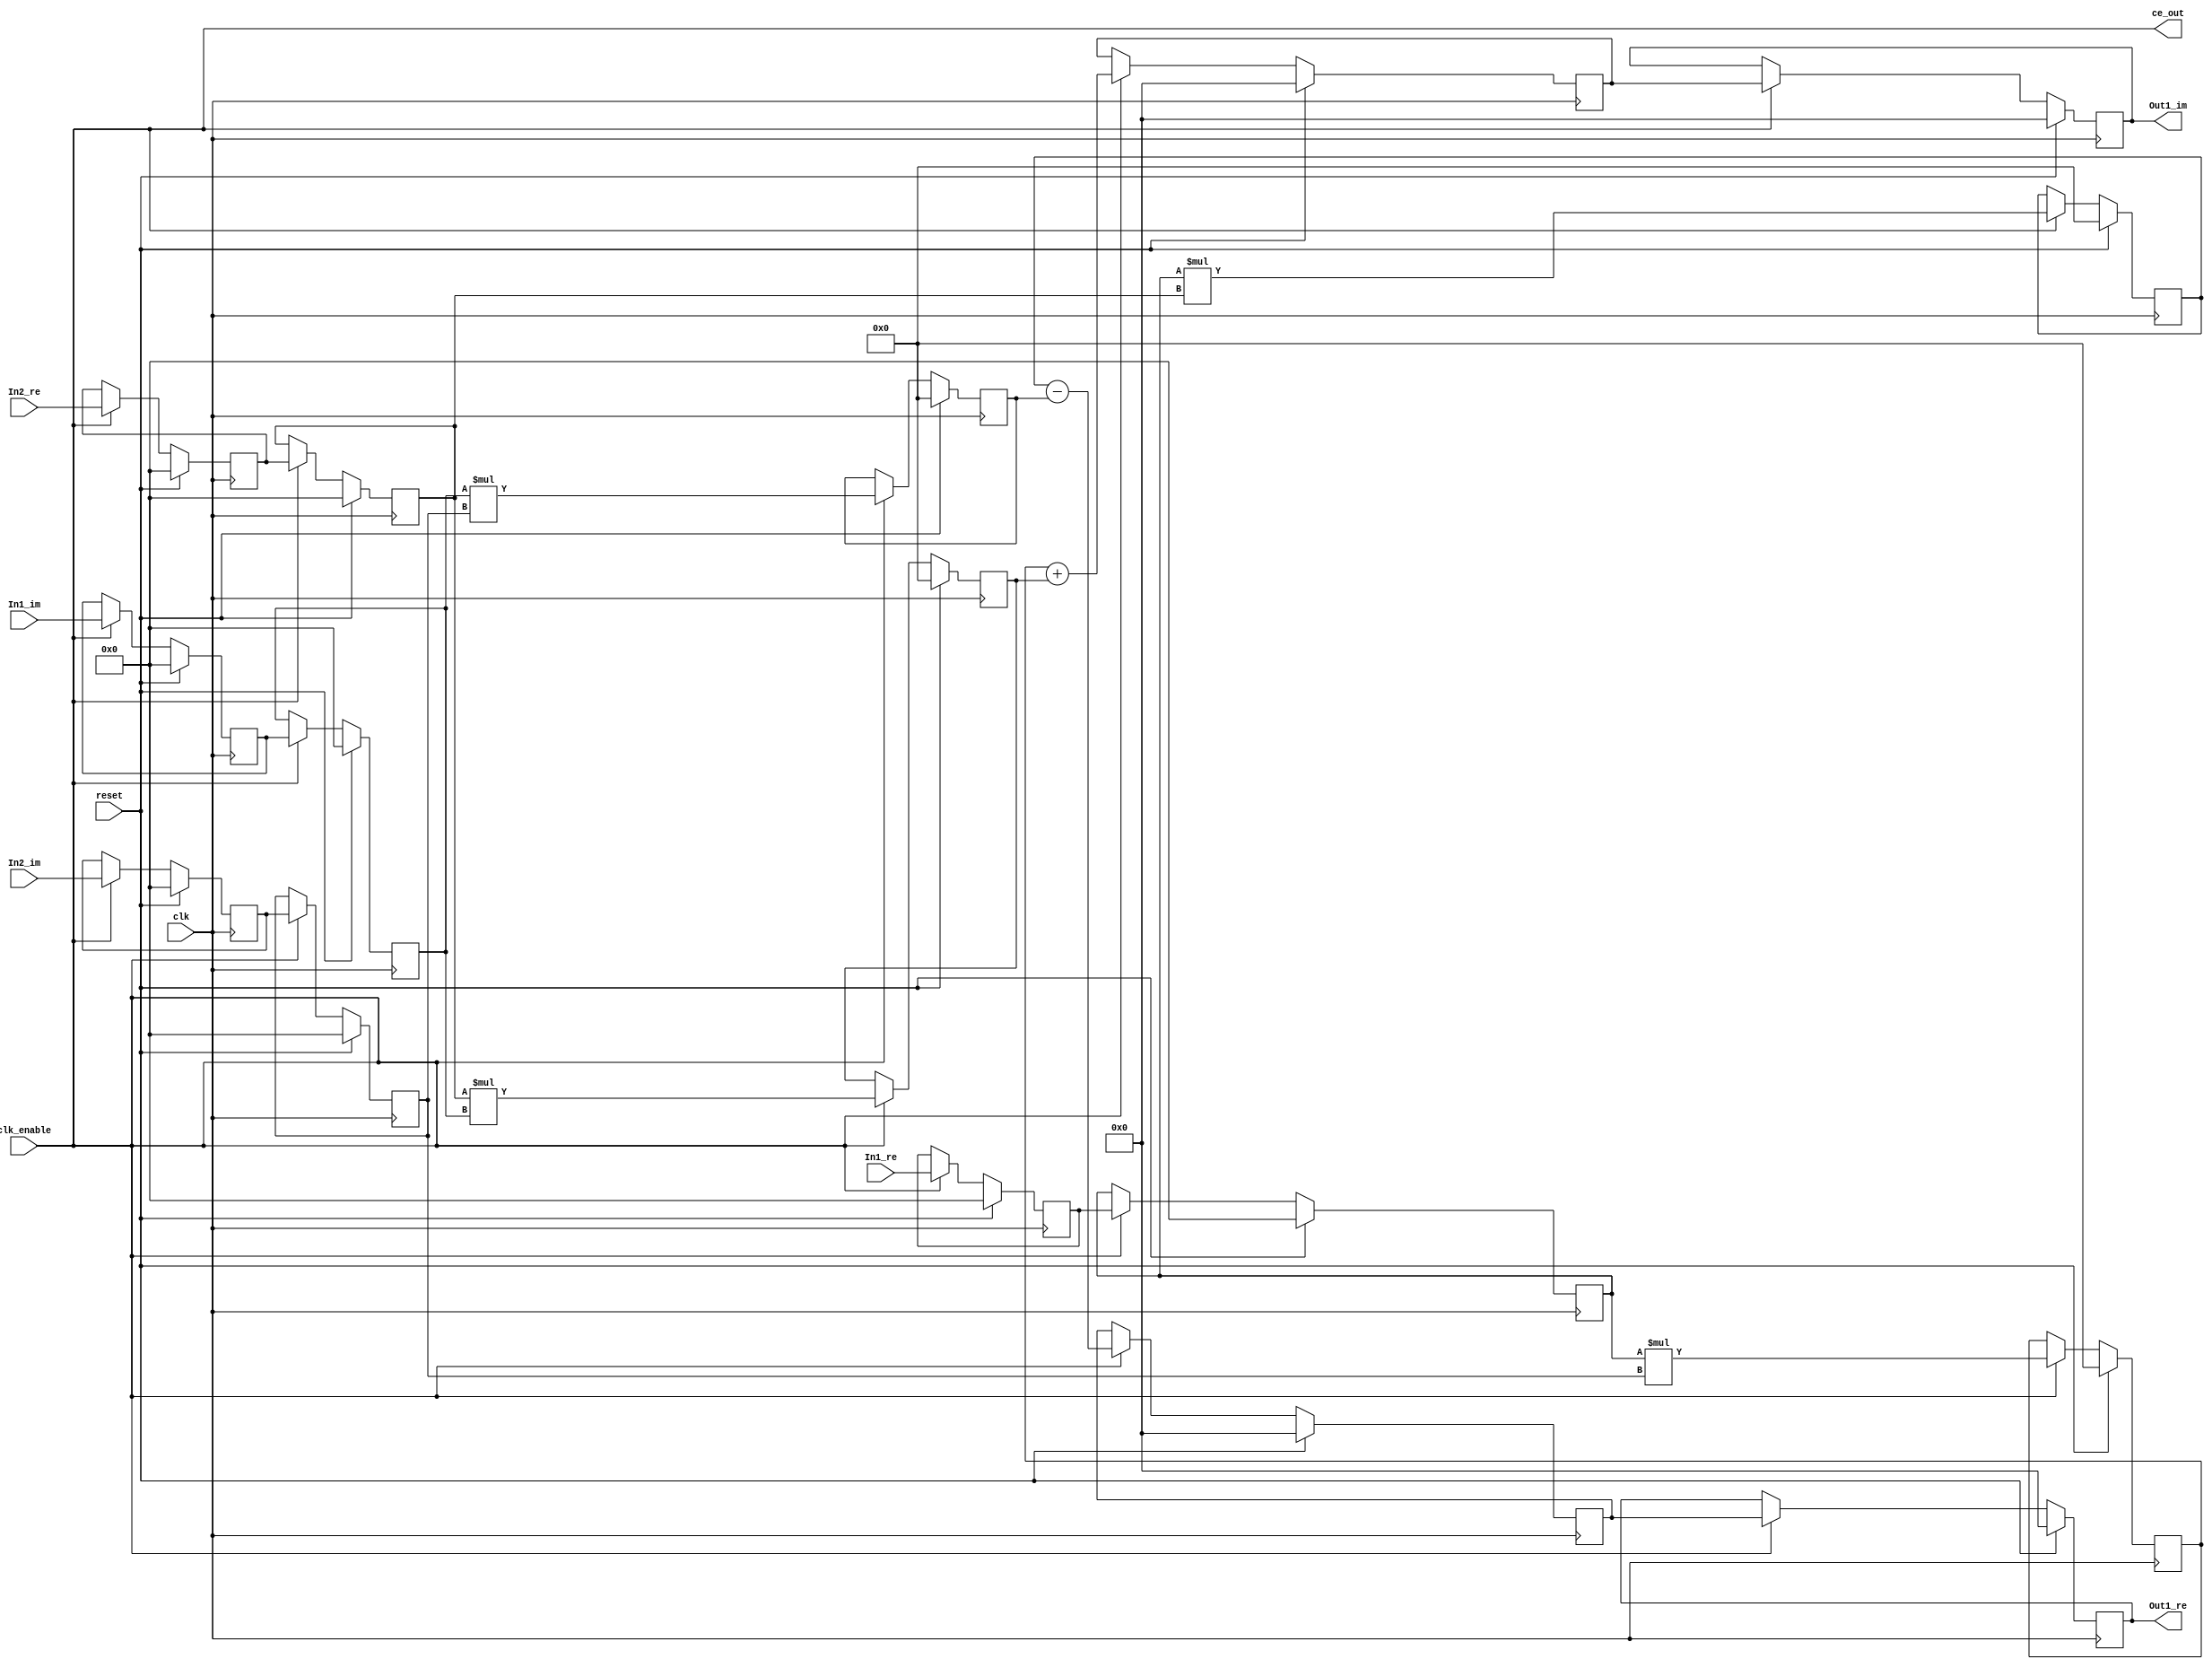
// -------------------------------------------------------------
// 
// 
// Generated by MATLAB 9.9 and HDL Coder 3.17
// 
// 
// -- -------------------------------------------------------------
// -- Rate and Clocking Details
// -- -------------------------------------------------------------
// Model base rate: 1e-06
// Target subsystem base rate: 1e-06
// 
// 
// Clock Enable  Sample Time
// -- -------------------------------------------------------------
// ce_out        1e-06
// -- -------------------------------------------------------------
// 
// 
// Output Signal                 Clock Enable  Sample Time
// -- -------------------------------------------------------------
// Out1_re                       ce_out        1e-06
// Out1_im                       ce_out        1e-06
// -- -------------------------------------------------------------
// 
// -------------------------------------------------------------


// -------------------------------------------------------------
// 
// Module: HDL_Complex_Multiplier
// Source Path: tutorial1_1/HDL_Complex_Multiplier
// Hierarchy Level: 0
// 
// -------------------------------------------------------------

`timescale 1 ns / 1 ns

module HDL_Complex_Multiplier
          (clk,
           reset,
           clk_enable,
           In1_re,
           In1_im,
           In2_re,
           In2_im,
           ce_out,
           Out1_re,
           Out1_im);


  input   clk;
  input   reset;
  input   clk_enable;
  input   signed [11:0] In1_re;  // sfix12_En8
  input   signed [11:0] In1_im;  // sfix12_En8
  input   signed [11:0] In2_re;  // sfix12_En8
  input   signed [11:0] In2_im;  // sfix12_En8
  output  ce_out;
  output  signed [24:0] Out1_re;  // sfix25_En16
  output  signed [24:0] Out1_im;  // sfix25_En16


  wire enb;
  reg signed [11:0] Delay_out1_re;  // sfix12_En8
  reg signed [11:0] Delay_out1_im;  // sfix12_En8
  reg signed [11:0] Complex_to_Real_Imag_out1;  // sfix12_En8
  reg signed [11:0] Delay1_out1_re;  // sfix12_En8
  reg signed [11:0] Delay1_out1_im;  // sfix12_En8
  reg signed [11:0] Complex_to_Real_Imag1_out1;  // sfix12_En8
  wire signed [23:0] Product1_out1;  // sfix24_En16
  reg signed [23:0] Product1_out1_1;  // sfix24_En16
  reg signed [11:0] Complex_to_Real_Imag_out2;  // sfix12_En8
  reg signed [11:0] Complex_to_Real_Imag1_out2;  // sfix12_En8
  wire signed [23:0] Product_out1;  // sfix24_En16
  reg signed [23:0] Product_out1_1;  // sfix24_En16
  wire signed [24:0] Add_sub_cast;  // sfix25_En16
  wire signed [24:0] Add_sub_cast_1;  // sfix25_En16
  wire signed [24:0] Add_out1;  // sfix25_En16
  reg signed [24:0] Delay9_out1;  // sfix25_En16
  wire signed [23:0] Product2_out1;  // sfix24_En16
  reg signed [23:0] Product2_out1_1;  // sfix24_En16
  wire signed [23:0] Product3_out1;  // sfix24_En16
  reg signed [23:0] Product3_out1_1;  // sfix24_En16
  wire signed [24:0] Add1_add_cast;  // sfix25_En16
  wire signed [24:0] Add1_add_cast_1;  // sfix25_En16
  wire signed [24:0] Add1_out1;  // sfix25_En16
  reg signed [24:0] Delay8_out1;  // sfix25_En16
  reg signed [24:0] Delay5_out1_re;  // sfix25_En16
  reg signed [24:0] Delay5_out1_im;  // sfix25_En16


  assign enb = clk_enable;

  always @(posedge clk)
    begin : Delay_process
      if (reset == 1'b1) begin
        Delay_out1_re <= 12'sb000000000000;
        Delay_out1_im <= 12'sb000000000000;
      end
      else begin
        if (enb) begin
          Delay_out1_re <= In1_re;
          Delay_out1_im <= In1_im;
        end
      end
    end


  always @(posedge clk)
    begin : reduced_process
      if (reset == 1'b1) begin
        Complex_to_Real_Imag_out1 <= 12'sb000000000000;
      end
      else begin
        if (enb) begin
          Complex_to_Real_Imag_out1 <= Delay_out1_re;
        end
      end
    end



  always @(posedge clk)
    begin : Delay1_process
      if (reset == 1'b1) begin
        Delay1_out1_re <= 12'sb000000000000;
        Delay1_out1_im <= 12'sb000000000000;
      end
      else begin
        if (enb) begin
          Delay1_out1_re <= In2_re;
          Delay1_out1_im <= In2_im;
        end
      end
    end


  always @(posedge clk)
    begin : reduced_1_process
      if (reset == 1'b1) begin
        Complex_to_Real_Imag1_out1 <= 12'sb000000000000;
      end
      else begin
        if (enb) begin
          Complex_to_Real_Imag1_out1 <= Delay1_out1_re;
        end
      end
    end



  assign Product1_out1 = Complex_to_Real_Imag_out1 * Complex_to_Real_Imag1_out1;


  always @(posedge clk)
    begin : PipelineRegister1_process
      if (reset == 1'b1) begin
        Product1_out1_1 <= 24'sb000000000000000000000000;
      end
      else begin
        if (enb) begin
          Product1_out1_1 <= Product1_out1;
        end
      end
    end



  always @(posedge clk)
    begin : reduced_2_process
      if (reset == 1'b1) begin
        Complex_to_Real_Imag_out2 <= 12'sb000000000000;
      end
      else begin
        if (enb) begin
          Complex_to_Real_Imag_out2 <= Delay_out1_im;
        end
      end
    end



  always @(posedge clk)
    begin : reduced_3_process
      if (reset == 1'b1) begin
        Complex_to_Real_Imag1_out2 <= 12'sb000000000000;
      end
      else begin
        if (enb) begin
          Complex_to_Real_Imag1_out2 <= Delay1_out1_im;
        end
      end
    end



  assign Product_out1 = Complex_to_Real_Imag_out2 * Complex_to_Real_Imag1_out2;


  always @(posedge clk)
    begin : PipelineRegister_process
      if (reset == 1'b1) begin
        Product_out1_1 <= 24'sb000000000000000000000000;
      end
      else begin
        if (enb) begin
          Product_out1_1 <= Product_out1;
        end
      end
    end



  assign Add_sub_cast = {Product1_out1_1[23], Product1_out1_1};
  assign Add_sub_cast_1 = {Product_out1_1[23], Product_out1_1};
  assign Add_out1 = Add_sub_cast - Add_sub_cast_1;


  always @(posedge clk)
    begin : Delay9_process
      if (reset == 1'b1) begin
        Delay9_out1 <= 25'sb0000000000000000000000000;
      end
      else begin
        if (enb) begin
          Delay9_out1 <= Add_out1;
        end
      end
    end


  assign Product2_out1 = Complex_to_Real_Imag_out1 * Complex_to_Real_Imag1_out2;


  always @(posedge clk)
    begin : PipelineRegister2_process
      if (reset == 1'b1) begin
        Product2_out1_1 <= 24'sb000000000000000000000000;
      end
      else begin
        if (enb) begin
          Product2_out1_1 <= Product2_out1;
        end
      end
    end



  assign Product3_out1 = Complex_to_Real_Imag1_out1 * Complex_to_Real_Imag_out2;


  always @(posedge clk)
    begin : PipelineRegister3_process
      if (reset == 1'b1) begin
        Product3_out1_1 <= 24'sb000000000000000000000000;
      end
      else begin
        if (enb) begin
          Product3_out1_1 <= Product3_out1;
        end
      end
    end



  assign Add1_add_cast = {Product2_out1_1[23], Product2_out1_1};
  assign Add1_add_cast_1 = {Product3_out1_1[23], Product3_out1_1};
  assign Add1_out1 = Add1_add_cast + Add1_add_cast_1;


  always @(posedge clk)
    begin : Delay8_process
      if (reset == 1'b1) begin
        Delay8_out1 <= 25'sb0000000000000000000000000;
      end
      else begin
        if (enb) begin
          Delay8_out1 <= Add1_out1;
        end
      end
    end


  always @(posedge clk)
    begin : Delay5_process
      if (reset == 1'b1) begin
        Delay5_out1_re <= 25'sb0000000000000000000000000;
        Delay5_out1_im <= 25'sb0000000000000000000000000;
      end
      else begin
        if (enb) begin
          Delay5_out1_re <= Delay9_out1;
          Delay5_out1_im <= Delay8_out1;
        end
      end
    end


  assign Out1_re = Delay5_out1_re;

  assign Out1_im = Delay5_out1_im;

  assign ce_out = clk_enable;

endmodule  // HDL_Complex_Multiplier